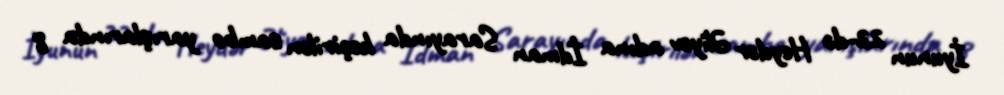
İyunun 22-də Heydər Əliyev adına İdman Sarayında keçirilən sambo yarışlarında 8